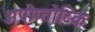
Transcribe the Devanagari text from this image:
अपोप्तोटिक